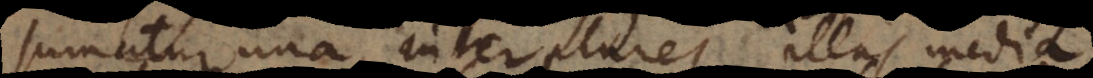
sumatur una inter plures illas media,